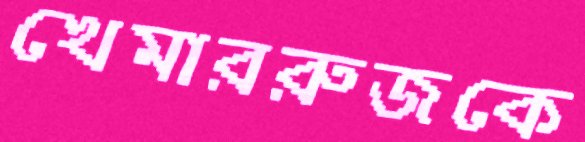
খেমাররুজকে